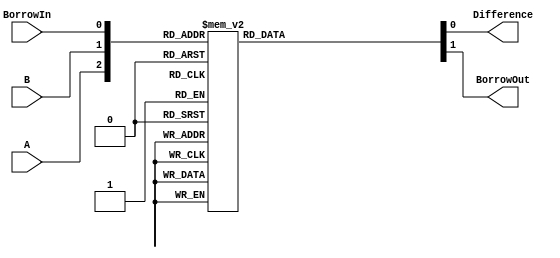
module FullSubtractor (
    input A, 
    input B,
    input BorrowIn,
    output Difference,
    output BorrowOut
);

reg Difference, BorrowOut;

always @ (*) begin
    case ({A, B, BorrowIn})
        3'b000: begin
            Difference = 0;
            BorrowOut = 0;
        end
        3'b001: begin
            Difference = 1;
            BorrowOut = 1;
        end
        3'b010: begin
            Difference = 1;
            BorrowOut = 1;
        end
        3'b011: begin
            Difference = 0;
            BorrowOut = 1;
        end
        3'b100: begin
            Difference = 1;
            BorrowOut = 0;
        end
        3'b101: begin
            Difference = 0;
            BorrowOut = 1;
        end
        3'b110: begin
            Difference = 0;
            BorrowOut = 1;
        end
        3'b111: begin
            Difference = 1;
            BorrowOut = 1;
        end
    endcase
end

endmodule